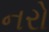
નરો